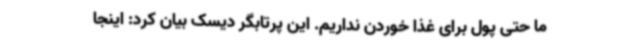
ما حتی پول برای غذا خوردن نداریم. این پرتابگر دیسک بیان کرد: اینجا